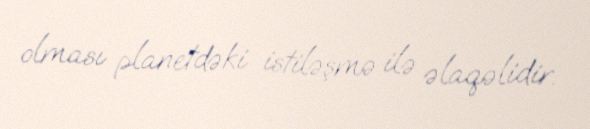
olması planetdəki istiləşmə ilə əlaqəlidir.